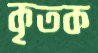
কৃতক